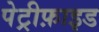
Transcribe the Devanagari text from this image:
पेट्रीफ़ाइड